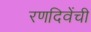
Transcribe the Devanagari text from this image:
रणदिवेंची